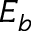
E _ { b }